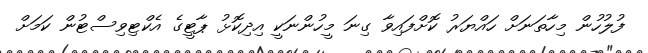
ފުލުހުން މިހާތަނަށް ހައްޔަރު ކޮށްފައިވާ ގިނަ މީހުންނަކީ އިދިކޮޅު ޕާޓީގެ އެކްޓިވިސްޓުން ކަމަށް